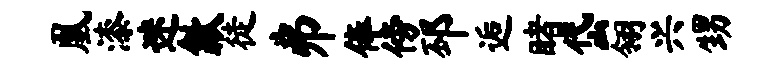
凰漆迷歙徒井俸傍邳逅睹岱翎兴甥